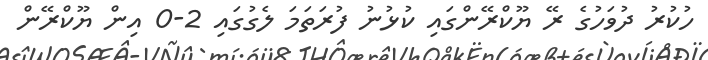
ހުކުރު ދުވަހުގެ ރޭ ޔޫކްރޭންގައި ކުޅުނު ފުރަތަމަ ލެގުގައި 2-0 އިން ޔޫކްރޭން